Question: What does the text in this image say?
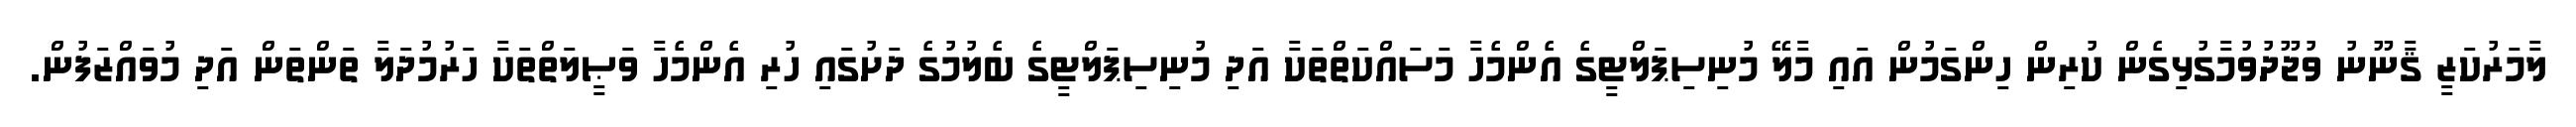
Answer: ލާމަރުކަޒީ ޤާނޫނު ވުޖޫދުވުމާގުޅިގެން ކުރިން ހިންގަމުން އައި މާލޭ މުނިސިޕަލްޓީގެ އެންމެހާ މަސައްކަތްތަކާ އަދި މުނިސިޕަލްޓީގެ ބެލުމުގެ ދަށުގައި ހުރި އެންމެހާ ވަޞީލަތްތަކާ ހަރުމުދަލާ ތަންތަން އަދި މުވައްޒަފުން.